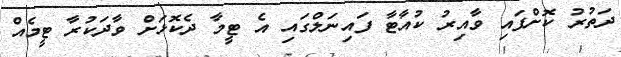
ދަތުރު ކޮށްފައި ވާއިރު ކުއާޓާ ފައިނަލްގައި އެ ޓީމާ ދެކޮޅަށް ވާދަކުރާ ޓީމެއް